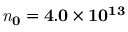
\mathbf { \mathit { n } _ { 0 } = 4 . 0 \times 1 0 ^ { 1 3 } }